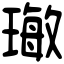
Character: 𤨨